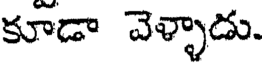
కూడా వెళ్ళాడు.